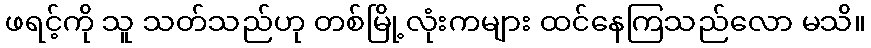
ဖရင့်ကို သူ သတ်သည်ဟု တစ်မြို့လုံးကများ ထင်နေကြသည်လော မသိ။